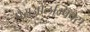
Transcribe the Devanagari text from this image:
पैराओलम्पिक्स